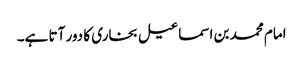
امام محمد بن اسماعیل بخاری کا دور آتا ہے۔